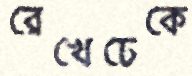
রেখেঢেকে